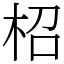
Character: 柖